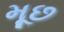
મૂછ